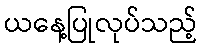
ယနေ့ပြုလုပ်သည့်